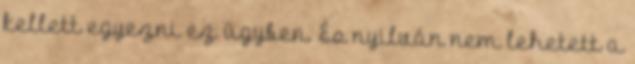
kellett egyezni ez ügyben. És nyilván nem lehetett a